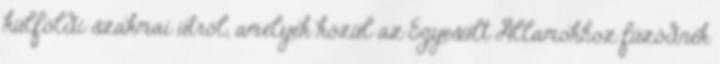
külföldi szakmai útról, amelyek közül az Egyesült Államokhoz fûzôdnek